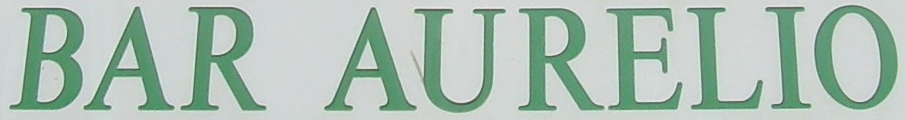
BAR AURELIO